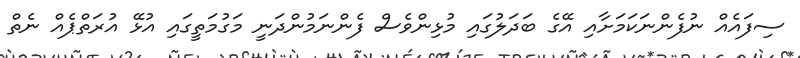
ސިފައެއް ނުފެންނަކަމަށާއި އޭގެ ބަދަލުގައި މުޅިންވެސް ފެންނަމުންދަނީ މަގުމަތީގައި އުޅޭ އުރަތްޕެއް ނެތް